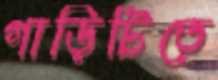
গাড়িটিতে